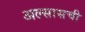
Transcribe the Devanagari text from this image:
अल्सासची